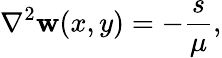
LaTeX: \nabla^{2}\mathbf{w}(x,y)=-\frac{{s}}{{\mu}},